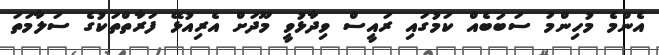
އެންމެ މުހިންމު ސަބަބެއް ކަމުގައި ރައީސް ވިދާޅުވީ މޫދަށް އެރިއުޅޭ ފަރާތްތަކުގެ ސަލާމަތަ